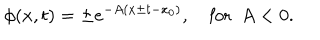
LaTeX: \phi ( x , t ) = \pm e ^ { - A ( x \pm t - x _ { 0 } ) } , \quad \mathrm { f o r } \ \ A < 0 .